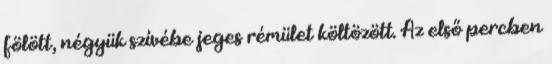
fölött, négyük szívébe jeges rémület költözött. Az első percben